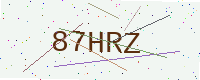
Text: 87HRZ